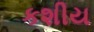
કશીય